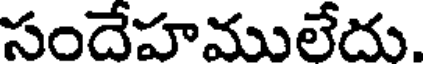
సందేహములేదు.